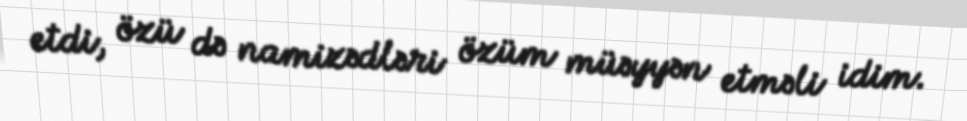
etdi, özü də namizədləri özüm müəyyən etməli idim.